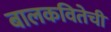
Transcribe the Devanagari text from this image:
बालकवितेची